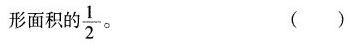
形面积的\frac{1}{2}。 ( )